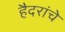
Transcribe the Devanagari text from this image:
हैदरांचे